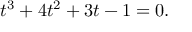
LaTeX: t ^ { 3 } + 4 t ^ { 2 } + 3 t - 1 = 0 .